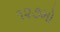
૧૨૭મો